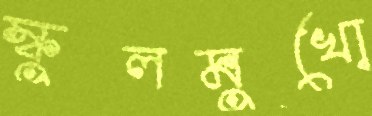
স্কুলমুখো